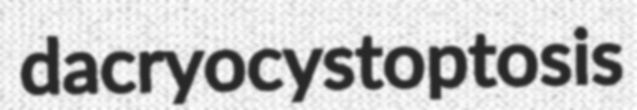
dacryocystoptosis